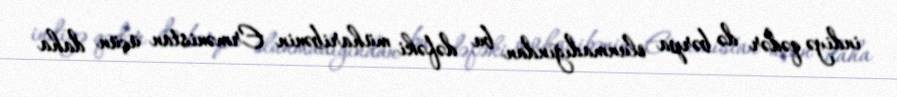
indiyə qədər də bərpa olunmadığından bu dəfəki müharibənin Ermənistan üçün daha